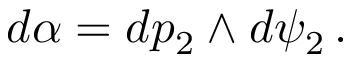
d \alpha = d p _ { 2 } \wedge d \psi _ { 2 } \, .